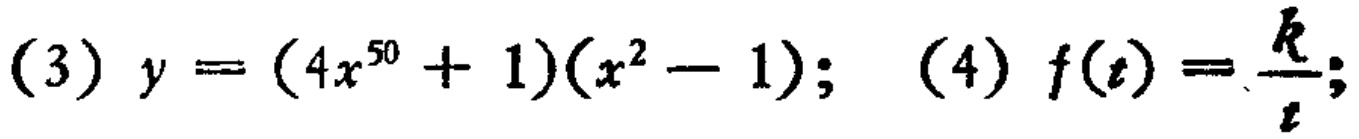
(3) \(y = (4x^{50}+1)(x^{2}-1)\); (4) \(f(t)=\frac{k}{t}\);